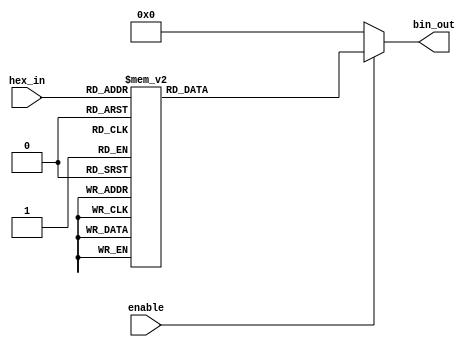
module hex_to_bin_encoder (
    input wire [3:0] hex_in,     // 4-bit hexadecimal input
    input wire enable,           // Enable signal
    output reg [3:0] bin_out     // 4-bit binary output
);

// Combinational logic for hex to binary conversion
always @(*) begin
    if (!enable) begin
        // If enable is low, set output to defined state (e.g., all zeros)
        bin_out = 4'b0000;
    end else begin
        // If enable is high, output the corresponding binary value
        case (hex_in)
            4'b0000: bin_out = 4'b0000; // Hex 0
            4'b0001: bin_out = 4'b0001; // Hex 1
            4'b0010: bin_out = 4'b0010; // Hex 2
            4'b0011: bin_out = 4'b0011; // Hex 3
            4'b0100: bin_out = 4'b0100; // Hex 4
            4'b0101: bin_out = 4'b0101; // Hex 5
            4'b0110: bin_out = 4'b0110; // Hex 6
            4'b0111: bin_out = 4'b0111; // Hex 7
            4'b1000: bin_out = 4'b1000; // Hex 8
            4'b1001: bin_out = 4'b1001; // Hex 9
            4'b1010: bin_out = 4'b1010; // Hex A
            4'b1011: bin_out = 4'b1011; // Hex B
            4'b1100: bin_out = 4'b1100; // Hex C
            4'b1101: bin_out = 4'b1101; // Hex D
            4'b1110: bin_out = 4'b1110; // Hex E
            4'b1111: bin_out = 4'b1111; // Hex F
            default: bin_out = 4'b0000;  // Default case (shouldn't occur)
        endcase
    end
end

endmodule